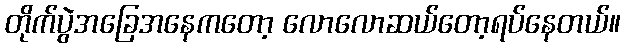
တိုက်ပွဲအခြေအနေကတော့ လောလောဆယ်တော့ရပ်နေတယ်။